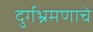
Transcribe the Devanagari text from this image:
दुर्गभ्रमणाचे